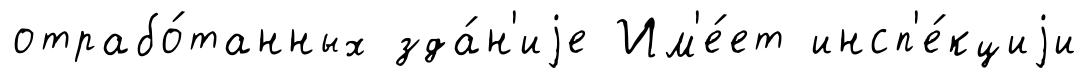
отрабо́танных зда́н'иjе Им'е́ет инсп'е́кциjи